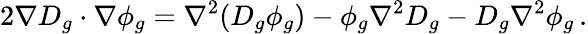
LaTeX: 2\nabla D_{g}\cdot\nabla\phi_{g}=\nabla^{2}(D_{g}\phi_{g})-\phi_{g}\nabla^{2}D_{g}-D_{g}\nabla^{2}\phi_{g}\, .